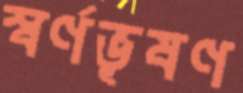
স্বর্ণভূষণ